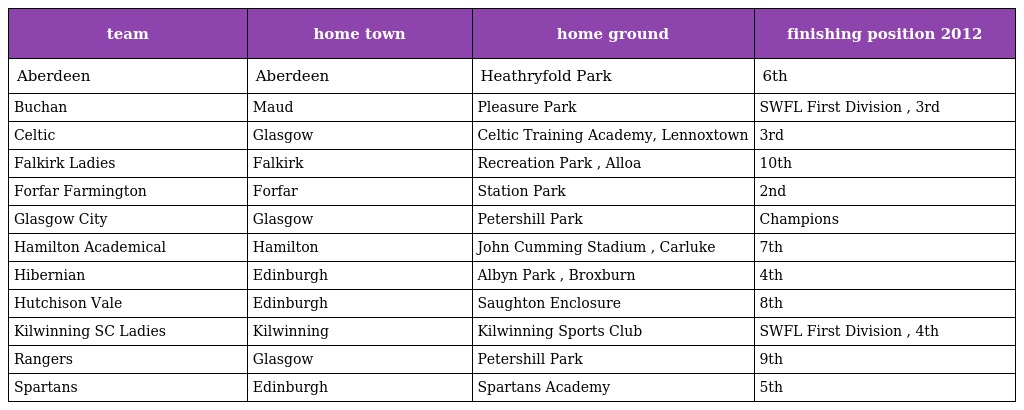
| team | home town | home ground | finishing position 2012 |
 | --- | --- | --- | --- |
 | Aberdeen | Aberdeen | Heathryfold Park | 6th |
 | Buchan | Maud | Pleasure Park | SWFL First Division , 3rd |
 | Celtic | Glasgow | Celtic Training Academy, Lennoxtown | 3rd |
 | Falkirk Ladies | Falkirk | Recreation Park , Alloa | 10th |
 | Forfar Farmington | Forfar | Station Park | 2nd |
 | Glasgow City | Glasgow | Petershill Park | Champions |
 | Hamilton Academical | Hamilton | John Cumming Stadium , Carluke | 7th |
 | Hibernian | Edinburgh | Albyn Park , Broxburn | 4th |
 | Hutchison Vale | Edinburgh | Saughton Enclosure | 8th |
 | Kilwinning SC Ladies | Kilwinning | Kilwinning Sports Club | SWFL First Division , 4th |
 | Rangers | Glasgow | Petershill Park | 9th |
 | Spartans | Edinburgh | Spartans Academy | 5th |